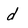
Character: d